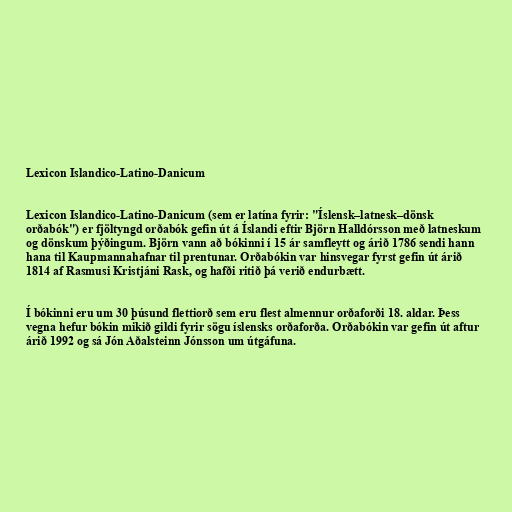
Lexicon Islandico-Latino-Danicum

Lexicon Islandico-Latino-Danicum (sem er latína fyrir: "Íslensk–latnesk–dönsk
orðabók") er fjöltyngd orðabók gefin út á Íslandi eftir Björn Halldórsson með latneskum
og dönskum þýðingum. Björn vann að bókinni í 15 ár samfleytt og árið 1786 sendi hann
hana til Kaupmannahafnar til prentunar. Orðabókin var hinsvegar fyrst gefin út árið
1814 af Rasmusi Kristjáni Rask, og hafði ritið þá verið endurbætt.

Í bókinni eru um 30 þúsund flettiorð sem eru flest almennur orðaforði 18. aldar. Þess
vegna hefur bókin mikið gildi fyrir sögu íslensks orðaforða. Orðabókin var gefin út aftur
árið 1992 og sá Jón Aðalsteinn Jónsson um útgáfuna.